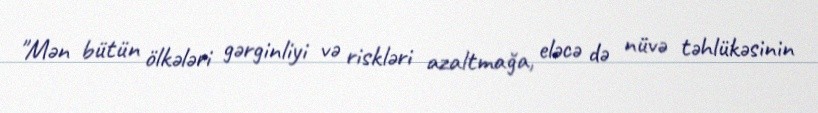
"Mən bütün ölkələri gərginliyi və riskləri azaltmağa, eləcə də nüvə təhlükəsinin